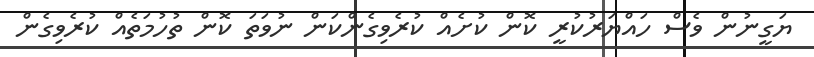
ޔަގީނުން ވެސް ހައްޔަރުކުރީ ކޮން ކުށެއް ކުރެވިގެންކަން ނުވަތަ ކޮން ތުހުމަތެއް ކުރެވިގެން